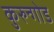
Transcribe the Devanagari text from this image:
कुरुन्गोड